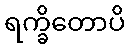
ရက္ခိတောပိ